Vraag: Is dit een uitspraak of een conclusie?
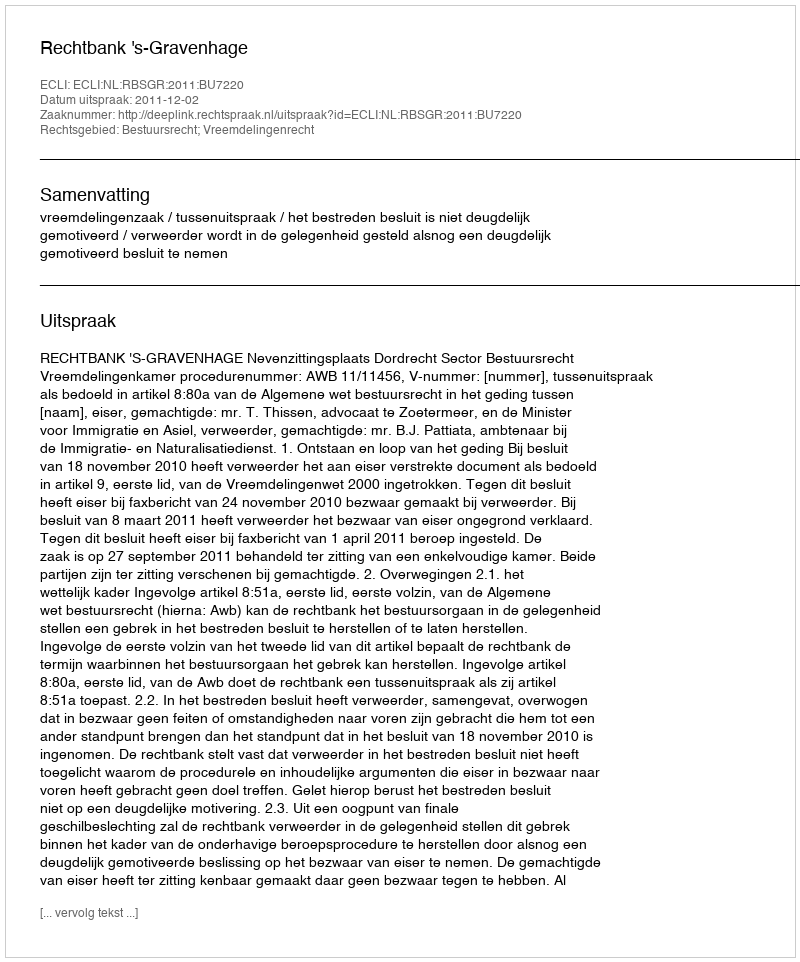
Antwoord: Uitspraak